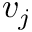
v _ { j }